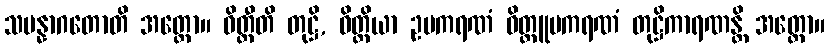
သမန္နာဂတောတိ အတ္ထော။ ဝိတ္တီတိ တုဋ္ဌိ, ဝိတ္တိယာ ဥပကရဏံ ဝိတ္တူပကရဏံ တုဋ္ဌိကာရဏန္တိ အတ္ထော။